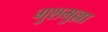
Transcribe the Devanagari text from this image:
गुशमुल्ला